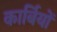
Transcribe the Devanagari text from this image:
कार्बियों